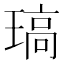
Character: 𤧼